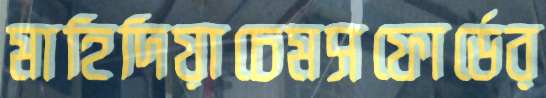
মাহিদিয়াচেমসফোর্ডের